Problem: 30 + 18 = ?
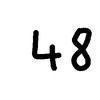
Handwritten answer: 48